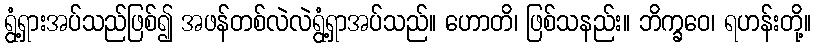
ရွံ့ရှားအပ်သည်ဖြစ်၍ အဖန်တစ်လဲလဲရွံ့ရှာအပ်သည်။ ဟောတိ၊ ဖြစ်သနည်း။ ဘိက္ခဝေ၊ ရဟန်းတို့။